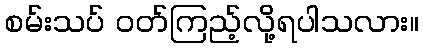
စမ်းသပ် ဝတ်ကြည့်လို့ရပါသလား။